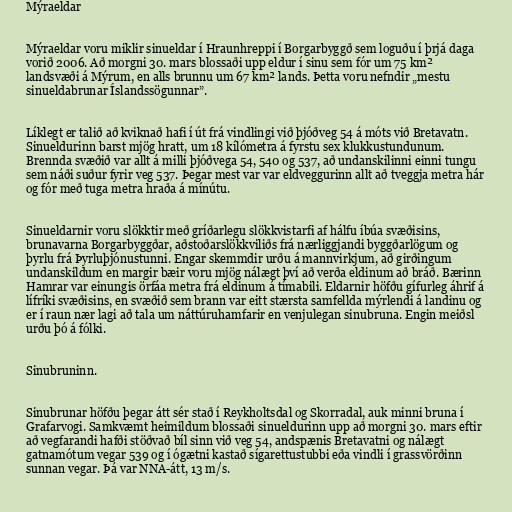
Mýraeldar

Mýraeldar voru miklir sinueldar í Hraunhreppi í Borgarbyggð sem loguðu í þrjá daga
vorið 2006. Að morgni 30. mars blossaði upp eldur í sinu sem fór um 75 km²
landsvæði á Mýrum, en alls brunnu um 67 km² lands. Þetta voru nefndir „mestu
sinueldabrunar Íslandssögunnar”.

Líklegt er talið að kviknað hafi í út frá vindlingi við þjóðveg 54 á móts við Bretavatn.
Sinueldurinn barst mjög hratt, um 18 kílómetra á fyrstu sex klukkustundunum.
Brennda svæðið var allt á milli þjóðvega 54, 540 og 537, að undanskilinni einni tungu
sem náði suður fyrir veg 537. Þegar mest var var eldveggurinn allt að tveggja metra hár
og fór með tuga metra hraða á mínútu.

Sinueldarnir voru slökktir með gríðarlegu slökkvistarfi af hálfu íbúa svæðisins,
brunavarna Borgarbyggðar, aðstoðarslökkviliðs frá nærliggjandi byggðarlögum og
þyrlu frá Þyrluþjónustunni. Engar skemmdir urðu á mannvirkjum, að girðingum
undanskildum en margir bæir voru mjög nálægt því að verða eldinum að bráð. Bærinn
Hamrar var einungis örfáa metra frá eldinum á tímabili. Eldarnir höfðu gífurleg áhrif á
lífríki svæðisins, en svæðið sem brann var eitt stærsta samfellda mýrlendi á landinu og
er í raun nær lagi að tala um náttúruhamfarir en venjulegan sinubruna. Engin meiðsl
urðu þó á fólki.

Sinubruninn.

Sinubrunar höfðu þegar átt sér stað í Reykholtsdal og Skorradal, auk minni bruna í
Grafarvogi. Samkvæmt heimildum blossaði sinueldurinn upp að morgni 30. mars eftir
að vegfarandi hafði stöðvað bíl sinn við veg 54, andspænis Bretavatni og nálægt
gatnamótum vegar 539 og í ógætni kastað sígarettustubbi eða vindli í grassvörðinn
sunnan vegar. Þá var NNA-átt, 13 m/s.